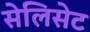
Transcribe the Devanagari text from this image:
सेलिसेट